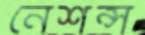
নেশন্স